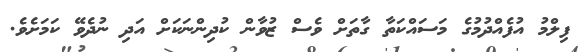
ފިލްމު އުފެއްދުމުގެ މަސައްކަތާ ގާތަށް ވެސް ޒުވާން ކުދިންނަކަށް އަދި ނުދެވޭ ކަމަށެވެ.